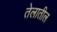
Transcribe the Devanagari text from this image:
तेलातील